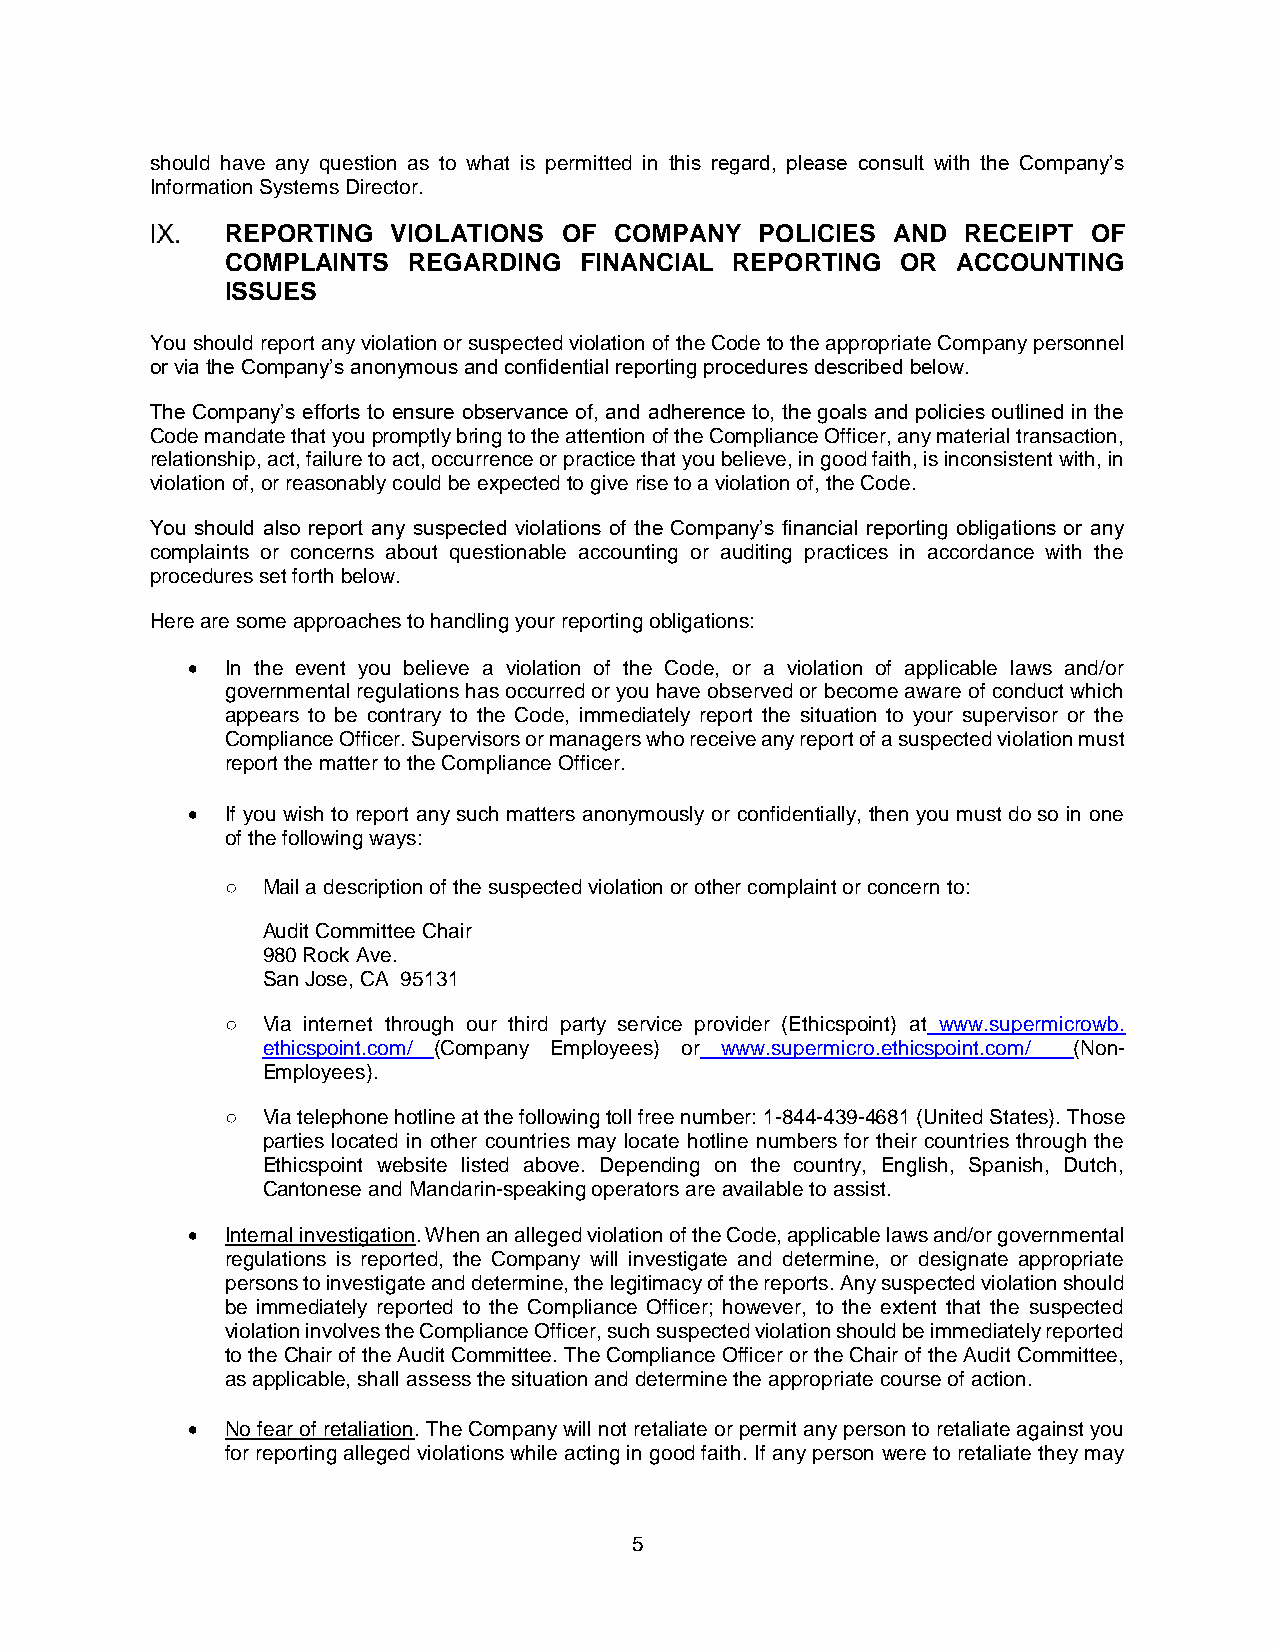
should have any question as to what is permitted in this regard, please consult with the Company’s
 Information Systems Director.
 REPORTING  VIOLATIONS OF  COMPANY  POLICIES AND  RECEIPT OF
 COMPLAINTS  REGARDING  FINANCIAL  REPORTING  OR ACCOUNTING
 ISSUES
 You should report any violation or suspected violation of the Code to the appropriate Company personnel
 or via the Company’s anonymous and confidential reporting procedures described below.
 The Company’s efforts to ensure observance of, and adherence to, the goals and policies outlined in the
 Code mandate that you promptly bring to the attention of the Compliance Officer, any material transaction,
 relationship, act, failure to act, occurrence or practice that you believe, in good faith, is inconsistent with, in
 violation of, or reasonably could be expected to give rise to a violation of, the Code.
 You should also report any suspected violations of the Company’s financial reporting obligations or any
 complaints or concerns about questionable accounting or auditing practices in accordance with the
 procedures set forth below.
 Here are some approaches to handling your reporting obligations:
 •  In the event you believe a violation of the Code, or a violation of applicable laws and/or
 governmental regulations has occurred or you have observed or become aware of conduct which
 appears to be contrary to the Code, immediately report the situation to your supervisor or the
 Compliance Officer. Supervisors or managers who receive any report of a suspected violation must
 report the matter to the Compliance Officer.
 •  If you wish to report any such matters anonymously or confidentially, then you must do so in one
 of the following ways:
 ○ Mail a description of the suspected violation or other complaint or concern to:
 Audit Committee Chair
 980 Rock Ave.
 San Jose, CA 95131
 ○ Via internet through our third party service provider (Ethicspoint) at www.supermicrowb.
 ethicspoint.com/ (Company Employees) or www.supermicro.ethicspoint.com/ (Non-
 Employees).
 ○ Via telephone hotline at the following toll free number: 1-844-439-4681 (United States). Those
 parties located in other countries may locate hotline numbers for their countries through the
 Ethicspoint website listed above. Depending on the country, English, Spanish, Dutch,
 Cantonese and Mandarin-speaking operators are available to assist.
 •  Internal investigation. When an alleged violation of the Code, applicable laws and/or governmental
 regulations is reported, the Company will investigate and determine, or designate appropriate
 persons to investigate and determine, the legitimacy of the reports. Any suspected violation should
 be immediately reported to the Compliance Officer; however, to the extent that the suspected
 violation involves the Compliance Officer, such suspected violation should be immediately reported
 to the Chair of the Audit Committee. The Compliance Officer or the Chair of the Audit Committee,
 as applicable, shall assess the situation and determine the appropriate course of action.
 •  No fear of retaliation. The Company will not retaliate or permit any person to retaliate against you
 for reporting alleged violations while acting in good faith. If any person were to retaliate they may
 5